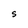
Character: s